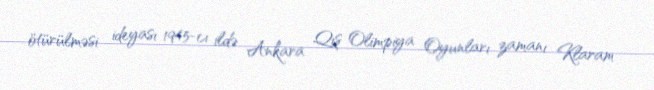
ötürülməsi ideyası 1945-cı ildə Ankara Qış Olimpiya Oyunları zamanı Klaram